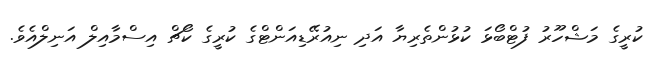
ކުރީގެ މަޝްހޫރު ފުޓްބޯޅަ ކުޅުންތެރިޔާ އަދި ނިއުރޭޭޑިއަންޓްގެ ކުރީގެ ކޯޗް އިސްމާއިލް އަނިލްއެވެ.